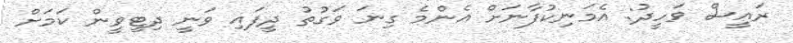
ރައީސް ވަހީދު: އެމަނިކުފާނަށް އެންމެ ގިނަ ވަގުތު ދީފައި ވަނީ ދިޓީވީން ކަމަށް